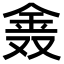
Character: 𨥖